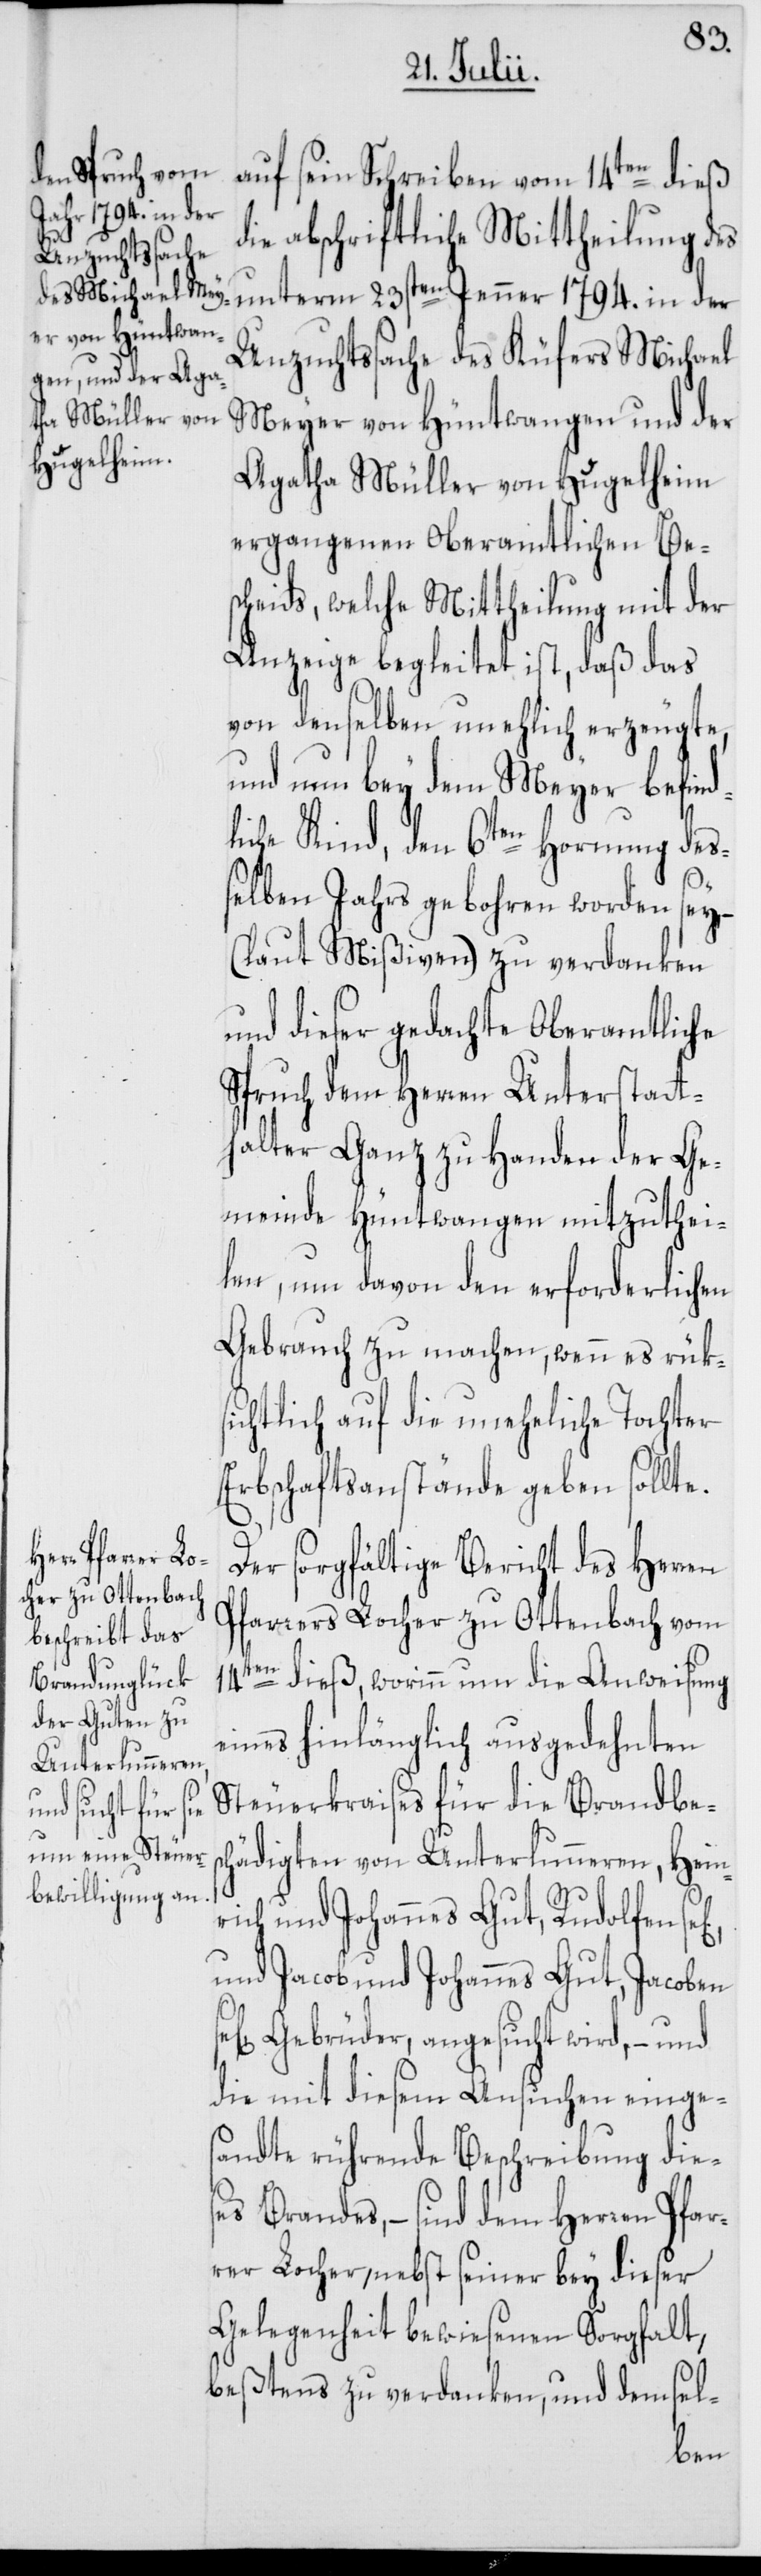
auf sein Schreiben vom 14ten dieß
die abschriftliche Mittheilung des
unterm 23sten Jenner 1794. in der
Unzuchtssache des Küfers Michael
Meyer von Hüntwangen und der
Agatha Müller von Hugelheim
ergangenen Oberamtlichen Be¬
scheids, welche Mittheilung mit der
Anzeige begleitet ist, daß das
von denselben unehlich erzeugte,
und nun bey dem Meyer befind¬
liche Kind, den 6ten Hornung deß¬
elben Jahrs gebohren worden sey,
(laut Mißiven) zu verdanken
und dieser gedachte Oberamtliche
Spruch dem Herren Unterstatt¬
halter Ganz zu Handen der Ge¬
meinde Hüntwangen mitzuthei¬
len, um davon den erforderlichen
Gebrauch zu machen, wenn es rüksi¬
chtlich auf die uneheliche Tochter
Erbschaftsanstände geben sollte.
Der sorgfältige Bericht des Herren
Pfarrers Locher zu Ottenbach vom
14ten dieß, worinn um die Anweisung
eines hinlänglich ausgedehnten
Steuerkraises für die Brandbesc¬
hädigten von Unterlunneren, Hein¬
rich und Johannes Gut, Rudolfen
und Jacob und Johannes Gut, Jacoben
Gebrüder, angesucht wird, – und
die mit diesem Ansuchen einge¬
sandte rührende Beschreibung die¬
ses Brandes, – sind dem Herren Pfar¬
rer Locher, nebst seiner bey dieser
Gelegenheit bewiesenen Sorgfalt,
beßtens zu verdanken , und demsel-